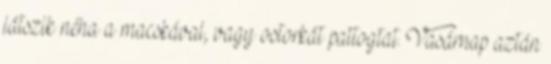
játszik néha a macskával, vagy ostorkát pattogtat. Vasárnap aztán